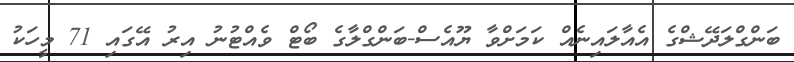
ބަންގްލަދޭޝްގެ އެއާލައިނެއް ކަމަށްވާ ޔޫއެސް-ބަންގްލާގެ ބޯޓް ވެއްޓުނު އިރު އޭގައި 71 މީހަކު